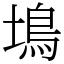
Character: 䲧